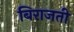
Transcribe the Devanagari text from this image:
बिराजती